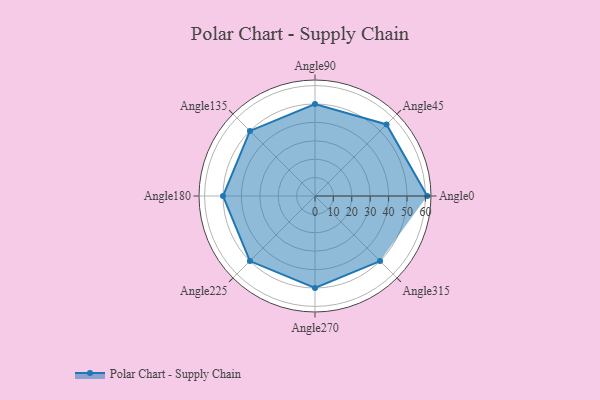
{"axis": {"x": "Angle", "y": "Radius"}, "legend": [""], "data": [{"x": "Angle0", "y": 61.0, "type": ""}, {"x": "Angle45", "y": 55.0, "type": ""}, {"x": "Angle90", "y": 50, "type": ""}, {"x": "Angle135", "y": 50, "type": ""}, {"x": "Angle180", "y": 50, "type": ""}, {"x": "Angle225", "y": 50, "type": ""}, {"x": "Angle270", "y": 50, "type": ""}, {"x": "Angle315", "y": 50, "type": ""}]}